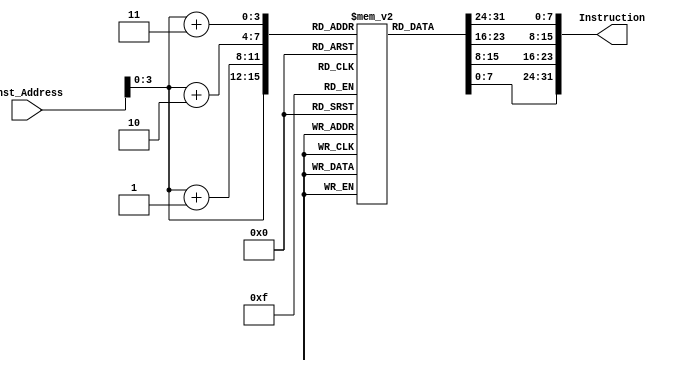
module Instruction_Memory
(
input [63:0]Inst_Address,
output reg [31:0]Instruction
);

reg [7:0] byte_array [15:0];

initial
begin
  byte_array[0] <= 8'b10000011;
  byte_array[1] <= 8'b00110100;
  byte_array[2] <= 8'b00000101;
  byte_array[3] <= 8'b00001111;
  byte_array[4] <= 8'b10110011;
  byte_array[5] <= 8'b10000100;
  byte_array[6] <= 8'b10011010;
  byte_array[7] <= 8'b00000000;
  byte_array[8] <= 8'b10010011;
  byte_array[9] <= 8'b10000100;
  byte_array[10] <= 8'b00010100;
  byte_array[11] <= 8'b00000000;
  byte_array[12] <= 8'b00100011;
  byte_array[13] <= 8'b00111000;
  byte_array[14] <= 8'b10010101;
  byte_array[15] <= 8'b00001110;
end

always @ (*)
Instruction <= {byte_array[Inst_Address + 64'd3], byte_array[Inst_Address + 64'd2], byte_array[Inst_Address + 64'd1], byte_array[Inst_Address]};

endmodule